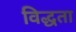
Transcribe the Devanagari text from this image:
विद्धता